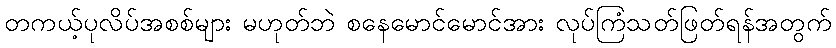
တကယ့်ပုလိပ်အစစ်များ မဟုတ်ဘဲ စနေမောင်မောင်အား လုပ်ကြံသတ်ဖြတ်ရန်အတွက်